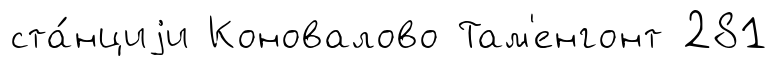
ста́нциjи Коновалово Там'енгонт 281